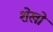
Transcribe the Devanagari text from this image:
शेखो